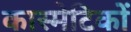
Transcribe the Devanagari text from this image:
कास्मेटिकों